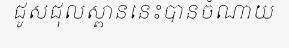
ជូសជុលស្ពាននេះបានចំណាយ